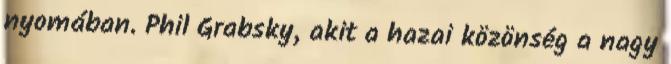
nyomában. Phil Grabsky, akit a hazai közönség a nagy